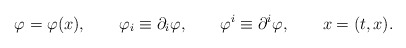
\begin{align*}\varphi =\varphi (x),\qquad \varphi _{i}\equiv \partial _{i}\varphi ,\qquad\varphi ^{i}\equiv \partial ^{i}\varphi ,\qquad x=(t,x).\end{align*}